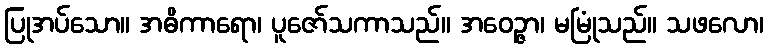
ပြုအပ်သော။ အဓိကာရော၊ ပူဇော်သကာသည်။ အဝေဉ္ဇာ၊ မမြုံသည်။ သဖလော၊